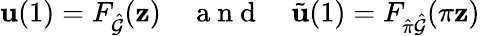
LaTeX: \mathbf{u}(1)=F_{\hat{\mathcal{G}}}(\mathbf{z})\quad\mathrm{~a~n~d~}\quad\tilde{\mathbf{u}}(1)=F_{\hat{\pi}\hat{\mathcal{G}}}(\pi\mathbf{z})